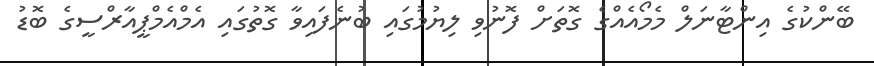
ބޭންކުގެ އިންޓާނަލް މެމޯއެއްގެ ގޮތަށް ފޮނުވި ލިޔުމުގައި ބުނެފައިވާ ގޮތުގައި އެމްއެމްޕީއާރްސީގެ ބޮޑު